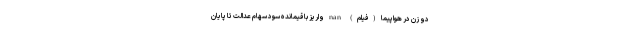
دو زن در هواپیما (فیلم) nan واریز باقیمانده سود سهام عدالت تا پایان